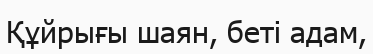
Құйрығы шаян, беті адам,